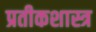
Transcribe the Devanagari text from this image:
प्रतीकशास्त्र